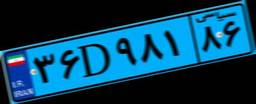
۳۷D۱۸۳۸۴